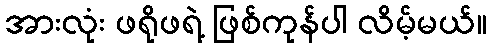
အားလုံး ဖရိုဖရဲ့ ဖြစ်ကုန်ပါ လိမ့်မယ်။